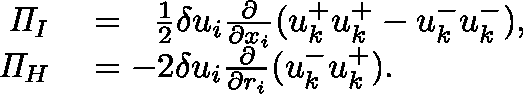
\begin{array} { r l } { \mathit { \Pi } _ { I } } & { { } = \ \ \frac { 1 } { 2 } \delta u _ { i } \frac { \partial } { \partial x _ { i } } ( u _ { k } ^ { + } u _ { k } ^ { + } - u _ { k } ^ { - } u _ { k } ^ { - } ) , } \\ { \mathit { \Pi } _ { H } } & { { } = - 2 \delta u _ { i } \frac { \partial } { \partial r _ { i } } ( u _ { k } ^ { - } u _ { k } ^ { + } ) . } \end{array}